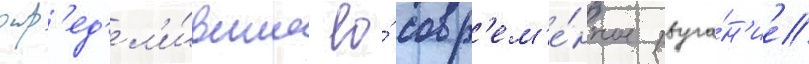
опр'ед'ел'и́вшие ео́ совр'ем'е́нное звуча́н'ие